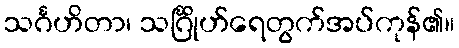
သင်္ဂဟိတာ၊ သင်္ဂြိုဟ်ရေတွက်အပ်ကုန်၏။